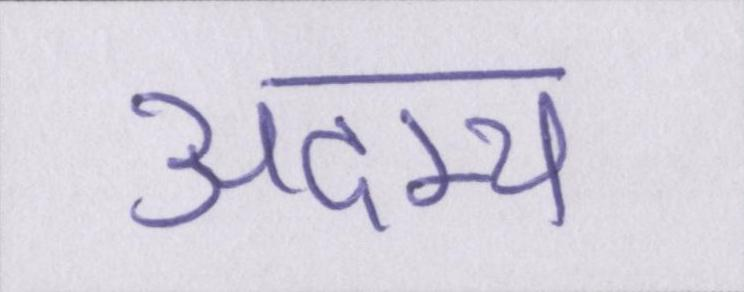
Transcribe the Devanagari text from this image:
अदम्य